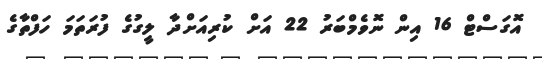
އޮގަސްޓް 16 އިން ނޮވެމްބަރު 22 އަށް ކުރިއަށްދާ ލީގުގެ ފުރަތަމަ ހަފްތާގެ